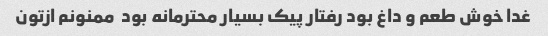
غدا خوش طعم و داغ بود رفتار پیک بسیار محترمانه بود  ممنونم ازتون